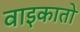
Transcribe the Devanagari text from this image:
वाइकातो